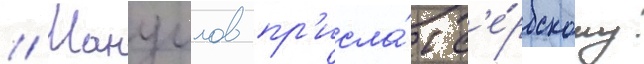
// Мануилов пр'исла́л с'е́рбскому